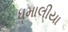
ધમાલીયા